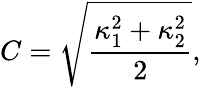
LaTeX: C=\sqrt{\frac{\kappa_{1}^{2}+\kappa_{2}^{2}}{2}},